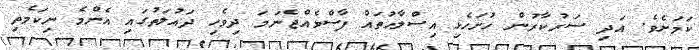
ކަމަށެވެ. އަދި ސަރުކާރުން ހުށަހެޅި އިސްލާހުތައް ފާސްވެއްޖެނަމަ ދިވެހި ދައުލަތުގައި އެންމެ ނިކަމެތި